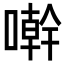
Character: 𠿨